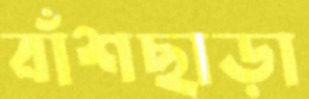
বাঁশছাড়া